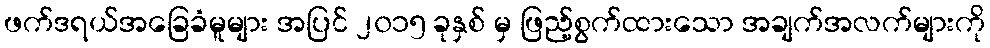
ဖက်ဒရယ်အခြေခံမူများ အပြင် ၂၀၁၅ ခုနှစ် မှ ဖြည့်စွက်ထားသော အချက်အလက်များကို